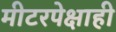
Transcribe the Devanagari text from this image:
मीटरपेक्षाही